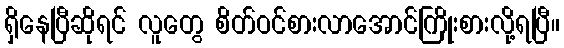
ရှိနေပြီဆိုရင် လူတွေ စိတ်ဝင်စားလာအောင်ကြိုးစားလို့ရပြီ။